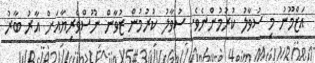
އަޒްމޫނު މި ސުވާލު ކުރުމުންނެވެ. ސުވާލު ކުރުމުން ޒުވާން ނޫސްވެރިޔާއަށް އާރު ބާރު